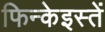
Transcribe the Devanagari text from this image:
फिन्केइस्तें